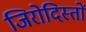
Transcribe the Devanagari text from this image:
जिरोदिस्तों